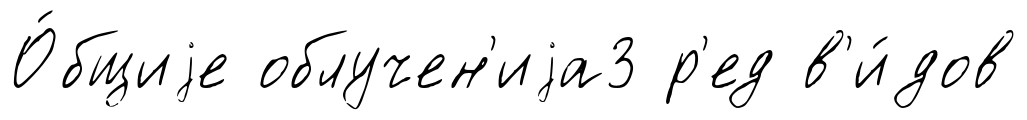
О́бщиjе облучен'иjа3 р'ед в'и́дов